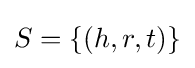
S=\{(h,r,t)\}